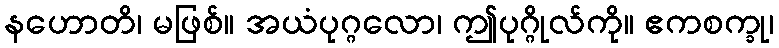
နဟောတိ၊ မဖြစ်။ အယံပုဂ္ဂလော၊ ဤပုဂ္ဂိုလ်ကို။ ဧကစက္ခု၊